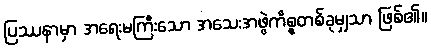
ပြဿနာမှာ အရေးမကြီးသော အသေးအဖွဲကိစ္စတစ်ခုမျှသာ ဖြစ်၏။